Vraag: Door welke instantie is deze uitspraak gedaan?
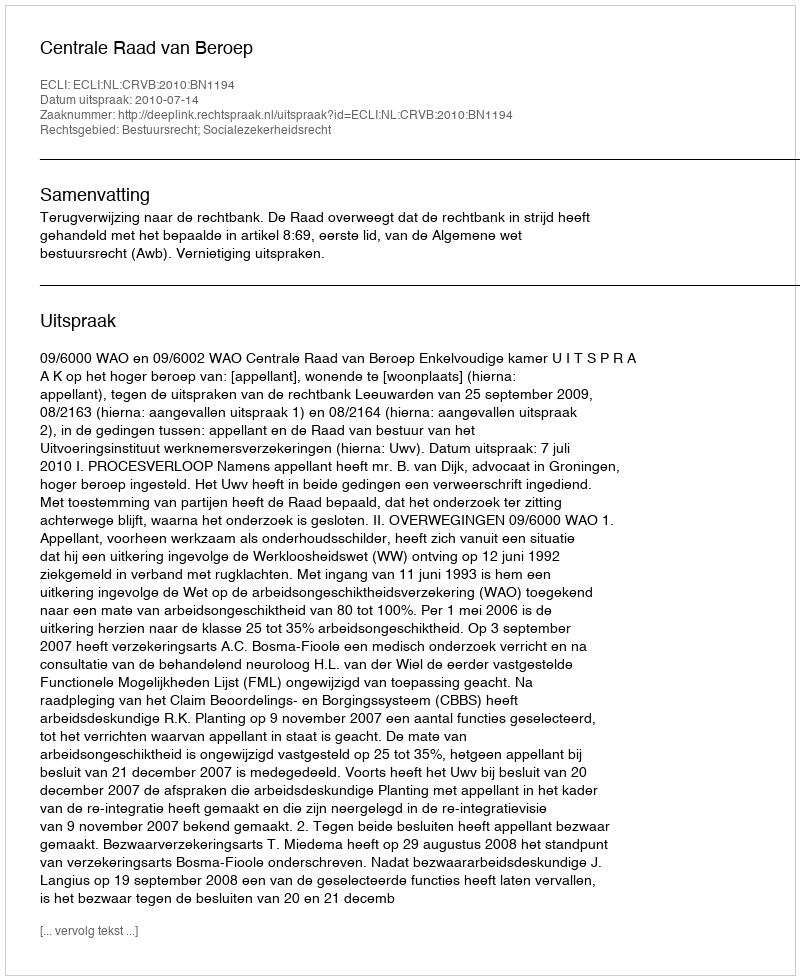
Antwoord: Centrale Raad van Beroep